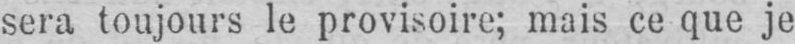
sera toujours le provisoire; mais ce que je